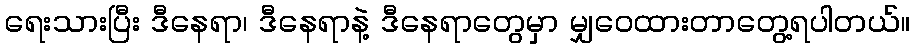
ရေးသားပြီး ဒီနေရာ၊ ဒီနေရာနဲ့ ဒီနေရာတွေမှာ မျှဝေထားတာတွေ့ရပါတယ်။